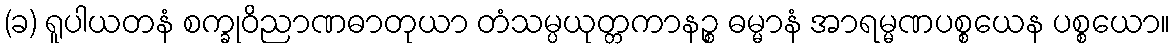
(ခ) ရူပါယတနံ စက္ခုဝိညာဏဓာတုယာ တံသမ္ပယုတ္တကာနဉ္စ ဓမ္မာနံ အာရမ္မဏပစ္စယေန ပစ္စယော။